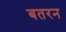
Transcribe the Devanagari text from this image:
बतरन